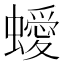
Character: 𧓁